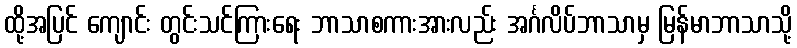
ထို့အပြင် ကျောင်း တွင်းသင်ကြားရေး ဘာသာစကားအားလည်း အင်္ဂလိပ်ဘာသာမှ မြန်မာဘာသာသို့